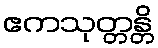
ဧကသုတ္တန္တိ